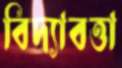
বিদ্যাবত্তা